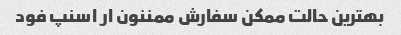
بهترین حالت ممکن سفارش ممننون ار اسنپ فود